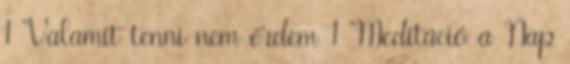
1 “Valamit tenni nem érdem 1 ”Meditáció a Nap